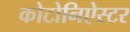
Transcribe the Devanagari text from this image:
कोटोनिऐस्टर